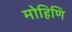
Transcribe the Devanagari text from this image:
मोहिणि